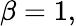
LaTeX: \beta=1,